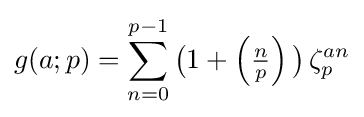
g(a;p)=\sum _{n=0}^{p-1}{\big (}1+\left({\tfrac {n}{p}}\right){\big )}\,\zeta _{p}^{an}